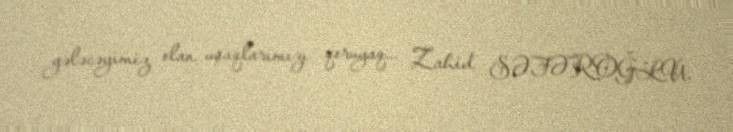
gələcəyimiz olan uşaqlarımızı qoruyaq... Zahid SƏFƏROĞLU.